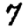
Digit: 7